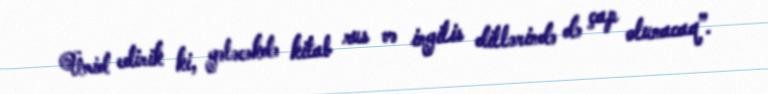
Ümid edirik ki, gələcəkdə kitab rus və ingilis dillərində də çap olunacaq”.